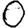
Digit: 0